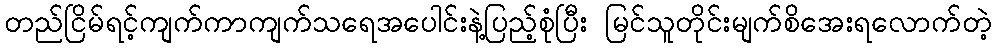
တည်ငြိမ်ရင့်ကျက်ကာကျက်သရေအပေါင်းနဲ့ပြည့်စုံပြီး မြင်သူတိုင်းမျက်စိအေးရလောက်တဲ့